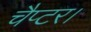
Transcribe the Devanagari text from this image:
चैप्टर।